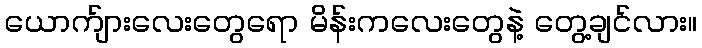
ယောက်ျားလေးတွေရော မိန်းကလေးတွေနဲ့ တွေ့ချင်လား။